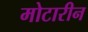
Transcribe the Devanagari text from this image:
मोटारीन